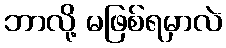
ဘာလို့ မဖြစ်ရမှာလဲ